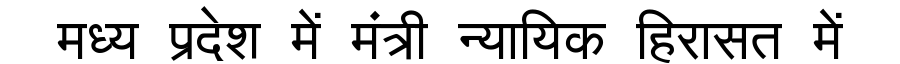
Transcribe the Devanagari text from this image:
मध्य प्रदेश में मंत्री न्यायिक हिरासत में